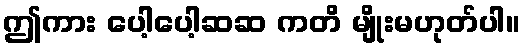
ဤကား ပေါ့ပေါ့ဆဆ ကတိ မျိုးမဟုတ်ပါ။